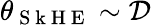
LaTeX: \theta_{\mathrm{~S~k~H~E~}}\sim{\mathcal{D}}